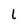
Character: l